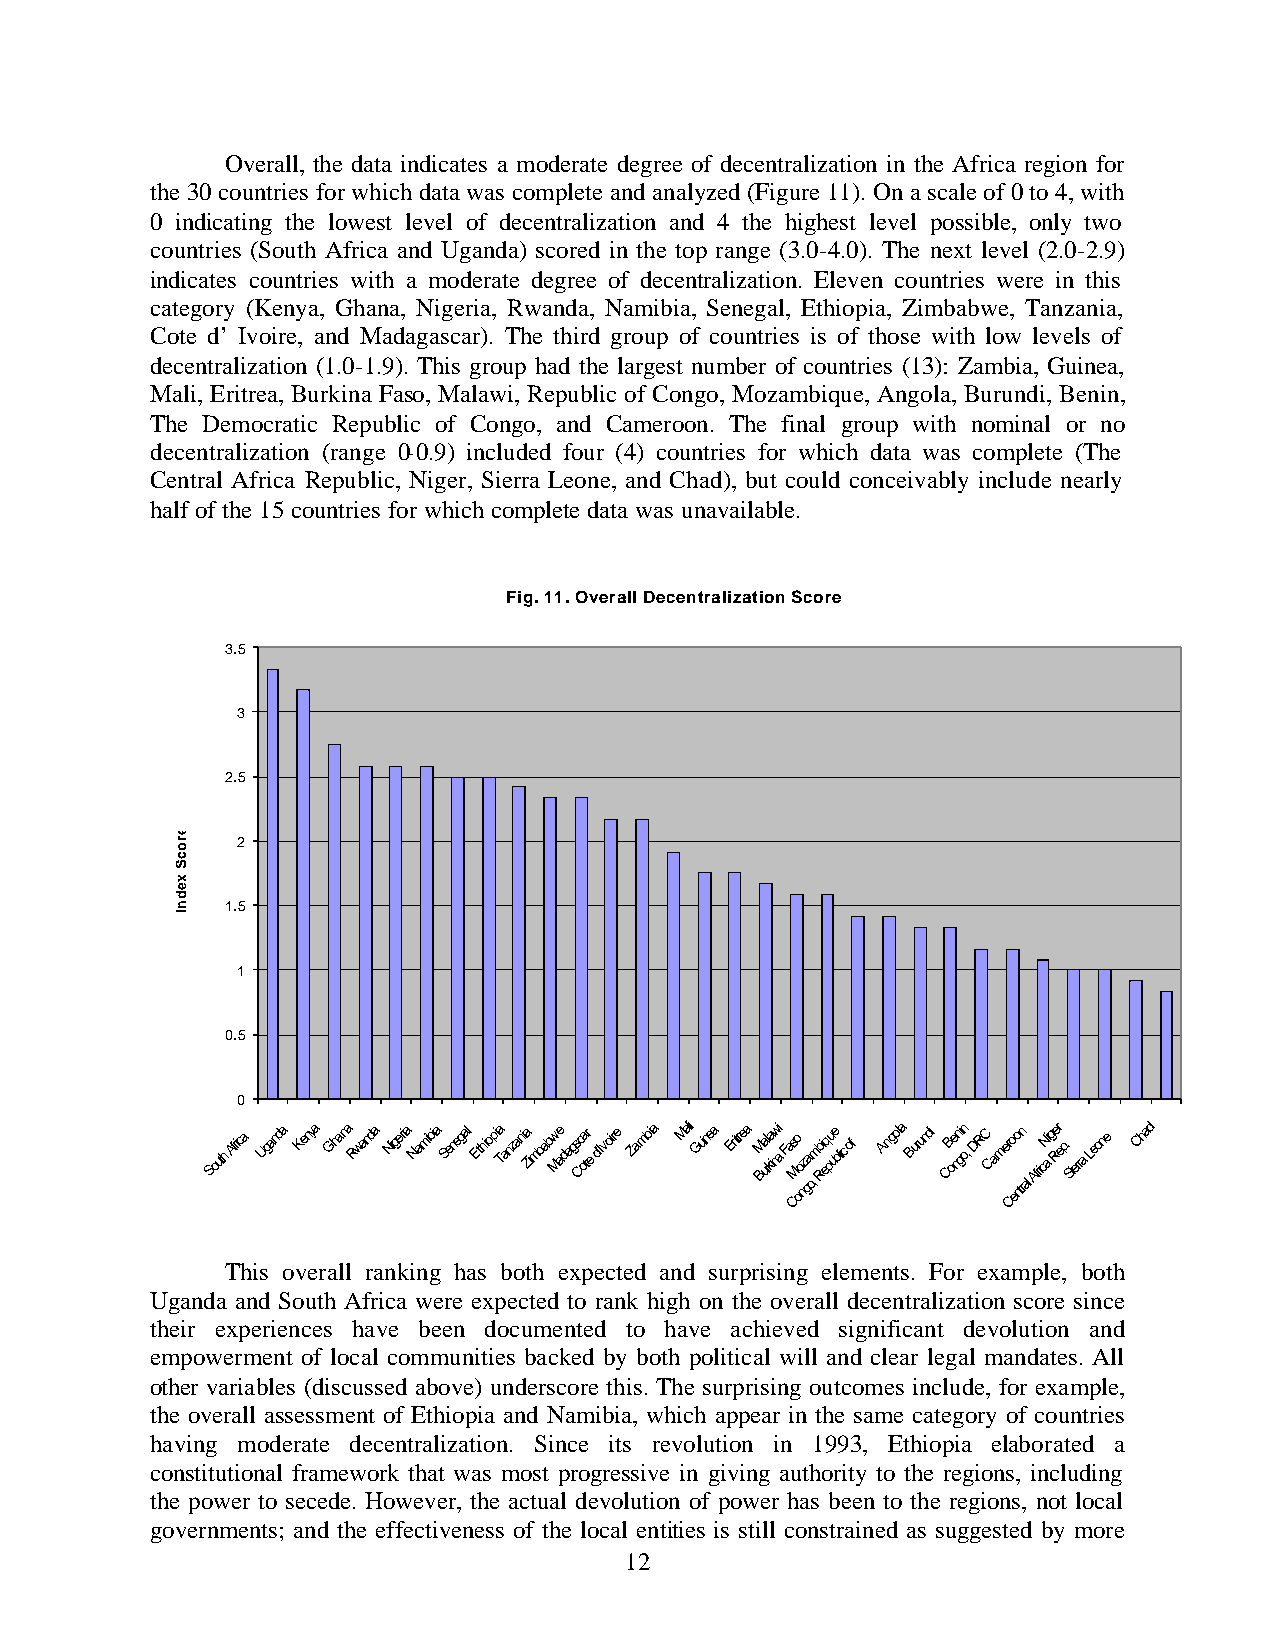
Overall, the data indicates a moderate degree of decentralization in the Africa region for
 the 30 countries for which data was complete and analyzed (Figure 11). On a scale of 0 to 4, with
 0 indicating the lowest level of decentralization and 4 the highest level possible, only two
 countries (South Africa and Uganda) scored in the top range (3.0-4.0). The next level (2.0-2.9)
 indicates countries with a moderate degree of decentralization. Eleven countries were in this
 category (Kenya, Ghana, Nigeria, Rwanda, Namibia, Senegal, Ethiopia, Zimbabwe, Tanzania,
 Cote d’ Ivoire, and Madagascar). The third group of countries is of those with low levels of
 decentralization (1.0-1.9). This group had the largest number of countries (13): Zambia, Guinea,
 Mali, Eritrea, Burkina Faso, Malawi, Republic of Congo, Mozambique, Angola, Burundi, Benin,
 The Democratic Republic of Congo, and Cameroon. The final group with nominal or no
 decentralization (range 0-0.9) included four (4) countries for which data was complete (The
 Central Africa Republic, Niger, Sierra Leone, and Chad), but could conceivably include nearly
 half of the 15 countries for which complete data was unavailable.
 Fig. 11. Overall Decentralization Score
 3.5
 3
 2.5
 2
 1.5
 1
 0.5
 0
 South Africa Uganda Kenya Ghana Rwanda Nigeria Namibia Senegal Ethiopia Tanzania Zimbabw Me adags Cc oa tr e d'Ivoire Zambia Mali Guinea Eritrea BM ual rka inwi a Fas CMo oo nz ga
 o,
 mb Ri eq pu ue blic of Angola Burundi CB oe nni gn o, DRC Camer Co eo ntn
 ral
 AfricNi a g Rer ep. Sierra Leone Chad
 This overall ranking has both expected and surprising elements. For example, both
 Uganda and South Africa were expected to rank high on the overall decentralization score since
 their experiences have been documented to have achieved significant devolution and
 empowerment of local communities backed by both political will and clear legal mandates. All
 other variables (discussed above) underscore this. The surprising outcomes include, for example,
 the overall assessment of Ethiopia and Namibia, which appear in the same category of countries
 having moderate decentralization. Since its revolution in 1993, Ethiopia elaborated a
 constitutional framework that was most progressive in giving authority to the regions, including
 the power to secede. However, the actual devolution of power has been to the regions, not local
 governments; and the effectiveness of the local entities is still constrained as suggested by more
 12
 erocS
 xednI